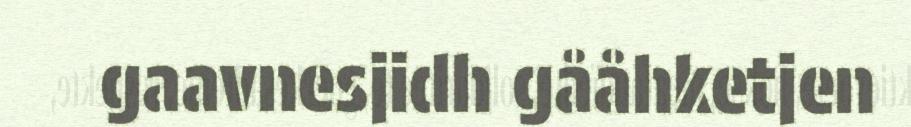
gaavnesjidh gååhketjen